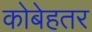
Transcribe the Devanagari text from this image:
कोबेहतर